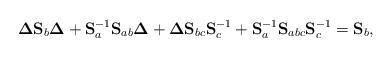
LaTeX: \begin{align*}\mathbf{\Delta}\mathbf{S}_{b}\mathbf{\Delta}+\mathbf{S}_{a}^{-1}\mathbf{S}_{ab}\mathbf{\Delta}+\mathbf{\Delta}\mathbf{S}_{bc}\mathbf{S}_{c}^{-1}+\mathbf{S}_{a}^{-1}\mathbf{S}_{abc}\mathbf{S}_{c}^{-1}=\mathbf{S}_{b},\end{align*}